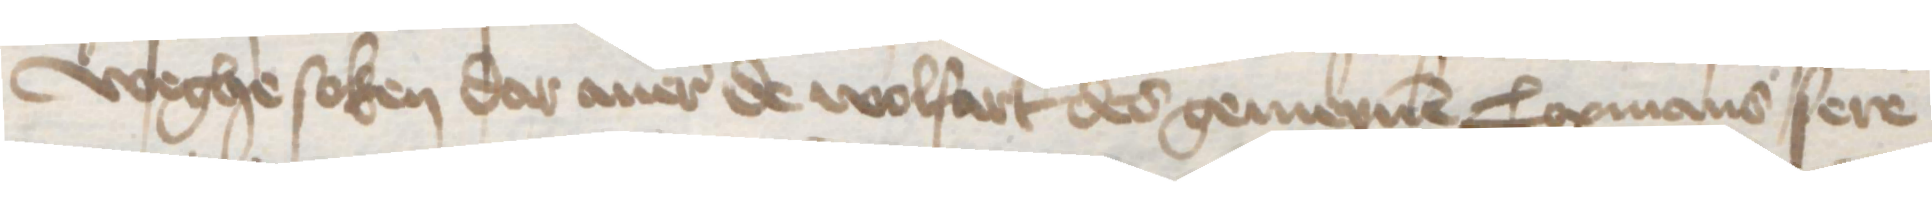
weghe soken dar auer de wolfart des gemeynen Copmans sere